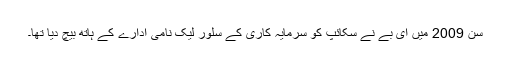
سن 2009 میں ای بے نے سکائپ کو سرمایہ کاری کے سلور لیک نامی ادارے کے ہاتھ بیچ دیا تھا۔